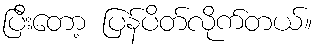
ပြီးတော့ ပြန်ပိတ်လိုက်တယ်။